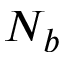
N _ { b }